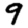
Digit: 9